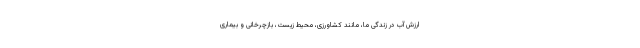
ارزش آب در زندگی ما، مانند کشاورزی، محیط زیست، بازچرخانی و بیماری